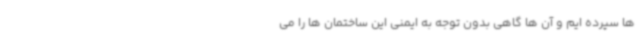
ها سپرده ایم و آن ها گاهی بدون توجه به ایمنی این ساختمان ها را می